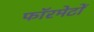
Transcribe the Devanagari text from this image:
फॉरमेटों